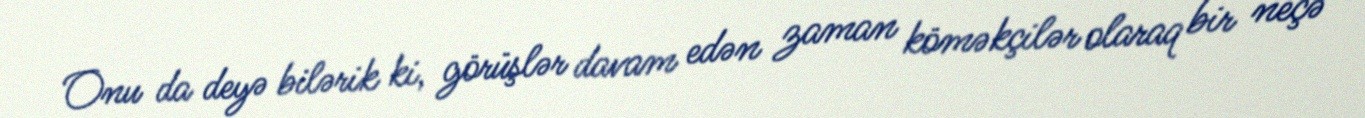
Onu da deyə bilərik ki, görüşlər davam edən zaman köməkçilər olaraq bir neçə